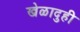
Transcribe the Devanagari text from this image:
खेळादुही